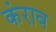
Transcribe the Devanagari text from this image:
कंराव